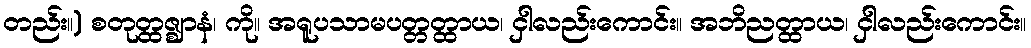
တည်း။) စတုတ္ထဇ္ဈာနံ၊ ကို။ အရူပသာမပတ္တတ္ထာယ၊ ငှါလည်းကောင်း။ အဘိညတ္ထာယ၊ ငှါလည်းကောင်း။